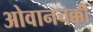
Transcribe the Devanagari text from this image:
ओवानचक्की